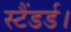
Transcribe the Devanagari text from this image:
स्टैंडर्ड।